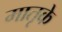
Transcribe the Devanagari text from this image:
मातृके